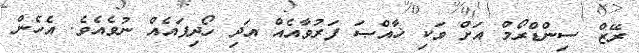
ރޭޒް ސިންޑްރޯމް އަށް ވަކި ޚާއްޞަ ފަރުވާއެއް އަދި ހޯދިފައެއް ނުވެއެވެ. އެހެން